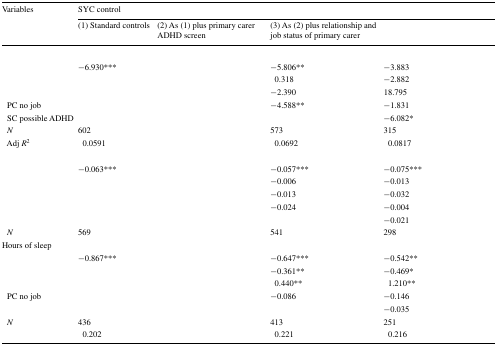
<table><thead><tr><td rowspan="2"><b>Variables</b></td><td colspan="4"><b>SYC control</b></td></tr><tr><td><b>(1) Standard controls</b></td><td><b>(2) As (1) plus primary carer ADHD screen</b></td><td><b>(3) As (2) plus relationship and job status of primary carer</b></td><td>[EMPTY_CELL]</td></tr></thead><tbody><tr><td colspan="5">[EMPTY_CELL]</td></tr><tr><td>[EMPTY_CELL]</td><td>−6.930***</td><td>[EMPTY_CELL]</td><td>−5.806**</td><td>−3.883</td></tr><tr><td>[EMPTY_CELL]</td><td>[EMPTY_CELL]</td><td>[EMPTY_CELL]</td><td>0.318</td><td>−2.882</td></tr><tr><td>[EMPTY_CELL]</td><td>[EMPTY_CELL]</td><td>[EMPTY_CELL]</td><td>−2.390</td><td>18.795</td></tr><tr><td> PC no job</td><td>[EMPTY_CELL]</td><td>[EMPTY_CELL]</td><td>−4.588**</td><td>−1.831</td></tr><tr><td> SC possible ADHD</td><td>[EMPTY_CELL]</td><td>[EMPTY_CELL]</td><td>[EMPTY_CELL]</td><td>−6.082*</td></tr><tr><td> <i>N</i></td><td>602</td><td>[EMPTY_CELL]</td><td>573</td><td>315</td></tr><tr><td> Adj <i>R</i><sup>2</sup></td><td>0.0591</td><td>[EMPTY_CELL]</td><td>0.0692</td><td>0.0817</td></tr><tr><td colspan="5">[EMPTY_CELL]</td></tr><tr><td>[EMPTY_CELL]</td><td>−0.063***</td><td>[EMPTY_CELL]</td><td>−0.057***</td><td>−0.075***</td></tr><tr><td>[EMPTY_CELL]</td><td>[EMPTY_CELL]</td><td>[EMPTY_CELL]</td><td>−0.006</td><td>−0.013</td></tr><tr><td>[EMPTY_CELL]</td><td>[EMPTY_CELL]</td><td>[EMPTY_CELL]</td><td>−0.013</td><td>−0.032</td></tr><tr><td>[EMPTY_CELL]</td><td>[EMPTY_CELL]</td><td>[EMPTY_CELL]</td><td>−0.024</td><td>−0.004</td></tr><tr><td>[EMPTY_CELL]</td><td>[EMPTY_CELL]</td><td>[EMPTY_CELL]</td><td>[EMPTY_CELL]</td><td>−0.021</td></tr><tr><td> <i>N</i></td><td>569</td><td>[EMPTY_CELL]</td><td>541</td><td>298</td></tr><tr><td colspan="5">Hours of sleep</td></tr><tr><td>[EMPTY_CELL]</td><td>−0.867***</td><td>[EMPTY_CELL]</td><td>−0.647***</td><td>−0.542**</td></tr><tr><td>[EMPTY_CELL]</td><td>[EMPTY_CELL]</td><td>[EMPTY_CELL]</td><td>−0.361**</td><td>−0.469*</td></tr><tr><td>[EMPTY_CELL]</td><td>[EMPTY_CELL]</td><td>[EMPTY_CELL]</td><td>0.440**</td><td>1.210**</td></tr><tr><td> PC no job</td><td>[EMPTY_CELL]</td><td>[EMPTY_CELL]</td><td>−0.086</td><td>−0.146</td></tr><tr><td>[EMPTY_CELL]</td><td>[EMPTY_CELL]</td><td>[EMPTY_CELL]</td><td>[EMPTY_CELL]</td><td>−0.035</td></tr><tr><td> <i>N</i></td><td>436</td><td>[EMPTY_CELL]</td><td>413</td><td>251</td></tr><tr><td>[EMPTY_CELL]</td><td>0.202</td><td>[EMPTY_CELL]</td><td>0.221</td><td>0.216</td></tr></tbody></table>